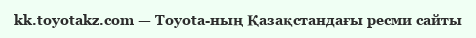
kk.toyotakz.com — Toyota-ның Қазақстандағы ресми сайты